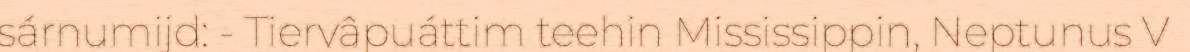
sárnumijd: - Tiervâpuáttim teehin Mississippin, Neptunus V